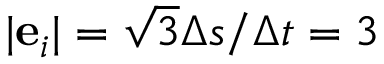
| \mathbf { e } _ { i } | = \sqrt { 3 } \Delta s / \Delta t = 3